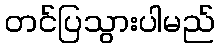
တင်ပြသွားပါမည်